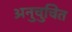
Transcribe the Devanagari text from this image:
अनुचुचित